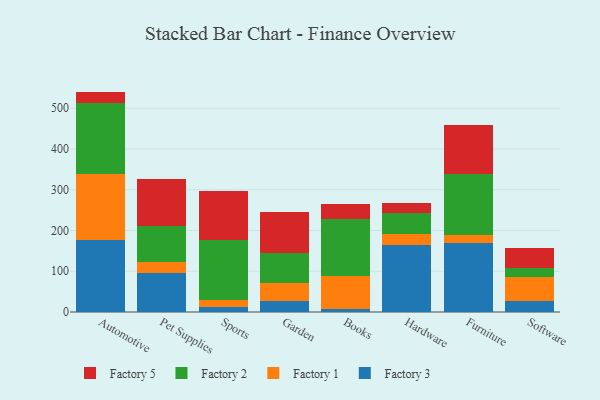
{"axis": {"x": "Category", "y": "Page Views"}, "legend": ["Factory 1", "Factory 2", "Factory 3", "Factory 5"], "data": [{"x": "Automotive", "y": 177.7, "type": "Factory 3"}, {"x": "Automotive", "y": 161.1, "type": "Factory 1"}, {"x": "Automotive", "y": 175.3, "type": "Factory 2"}, {"x": "Automotive", "y": 26.8, "type": "Factory 5"}, {"x": "Pet Supplies", "y": 96.9, "type": "Factory 3"}, {"x": "Pet Supplies", "y": 26.5, "type": "Factory 1"}, {"x": "Pet Supplies", "y": 86.9, "type": "Factory 2"}, {"x": "Pet Supplies", "y": 114.9, "type": "Factory 5"}, {"x": "Sports", "y": 13.2, "type": "Factory 3"}, {"x": "Sports", "y": 16.3, "type": "Factory 1"}, {"x": "Sports", "y": 147.9, "type": "Factory 2"}, {"x": "Sports", "y": 120.5, "type": "Factory 5"}, {"x": "Garden", "y": 27.6, "type": "Factory 3"}, {"x": "Garden", "y": 42.8, "type": "Factory 1"}, {"x": "Garden", "y": 74.5, "type": "Factory 2"}, {"x": "Garden", "y": 101.5, "type": "Factory 5"}, {"x": "Books", "y": 7.0, "type": "Factory 3"}, {"x": "Books", "y": 80.3, "type": "Factory 1"}, {"x": "Books", "y": 140.2, "type": "Factory 2"}, {"x": "Books", "y": 38.1, "type": "Factory 5"}, {"x": "Hardware", "y": 165.2, "type": "Factory 3"}, {"x": "Hardware", "y": 26.7, "type": "Factory 1"}, {"x": "Hardware", "y": 51.9, "type": "Factory 2"}, {"x": "Hardware", "y": 24.6, "type": "Factory 5"}, {"x": "Furniture", "y": 169.7, "type": "Factory 3"}, {"x": "Furniture", "y": 18.8, "type": "Factory 1"}, {"x": "Furniture", "y": 149.5, "type": "Factory 2"}, {"x": "Furniture", "y": 121.8, "type": "Factory 5"}, {"x": "Software", "y": 28.1, "type": "Factory 3"}, {"x": "Software", "y": 57.5, "type": "Factory 1"}, {"x": "Software", "y": 22.0, "type": "Factory 2"}, {"x": "Software", "y": 49.2, "type": "Factory 5"}]}